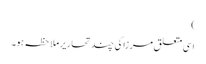
)
اسی متعلق مرزا کی چند تحاریر ملاحظہ ہو۔